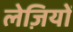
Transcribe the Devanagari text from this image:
लेज़ियों